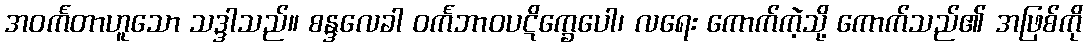
အဝင်္ကတာဟူသော သဒ္ဒါသည်။ စန္ဒလေခါ ဝင်္ကဘာဝပဋိက္ခေပေါ၊ လရေး ကောက်ကဲ့သို့ ကောက်သည်၏ အဖြစ်ကို